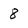
Character: 8